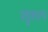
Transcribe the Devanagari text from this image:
पशुशास्त्र